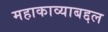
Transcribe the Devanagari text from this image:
महाकाव्याबद्दल